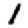
Digit: 1